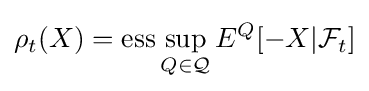
\rho _{t}(X)={\text{ess}}\sup _{Q\in {\mathcal {Q}}}E^{Q}[-X|{\mathcal {F}}_{t}]